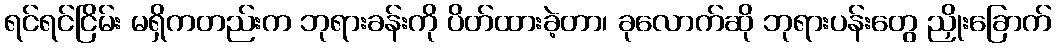
ရင်ရင်ငြိမ်း မရှိကတည်းက ဘုရားခန်းကို ပိတ်ထားခဲ့တာ၊ ခုလောက်ဆို ဘုရားပန်းတွေ ညှိုးခြောက်